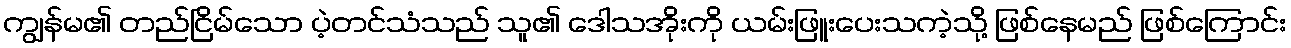
ကျွန်မ၏ တည်ငြိမ်သော ပဲ့တင်သံသည် သူ၏ ဒေါသအိုးကို ယမ်းဖြူးပေးသကဲ့သို့ ဖြစ်နေမည် ဖြစ်ကြောင်း